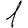
Digit: 1